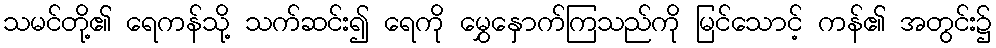
သမင်တို့၏ ရေကန်သို့ သက်ဆင်း၍ ရေကို မွှေနှောက်ကြသည်ကို မြင်သောင့် ကန်၏ အတွင်း၌